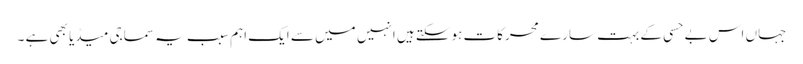
جہاں اس بے حسی کے بہت سارے محرکات ہوسکتے ہیں انہیں میں سے ایک اہم سبب یہ سماجی میڈیا بھی ہے ۔